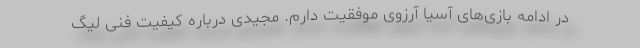
در ادامه بازی‌های آسیا آرزوی موفقیت دارم. مجیدی درباره کیفیت فنی لیگ